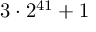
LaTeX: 3 \cdot 2 ^ { 4 1 } + 1